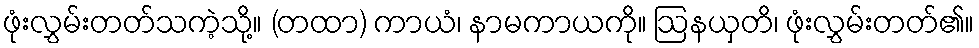
ဖုံးလွှမ်းတတ်သကဲ့သို့။ (တထာ) ကာယံ၊ နာမကာယကို။ ဩနယှတိ၊ ဖုံးလွှမ်းတတ်၏။